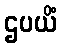
ဌပယိံ